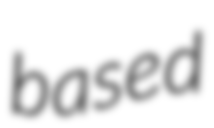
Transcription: based